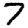
Digit: 7